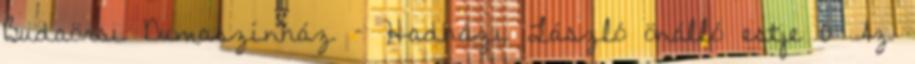
Budaörsi Dumaszínház – Hadházi László önálló estje 0 Az